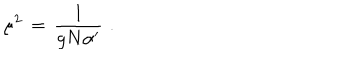
\mu ^ { 2 } \, = \, { \frac { 1 } { g N \alpha ^ { \prime } } } \, \, .